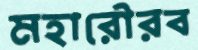
মহারৌরব